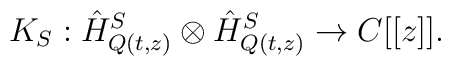
K_{S}:  \hat{H}_{Q(t,z)}^{S} \otimes \hat{H}_{Q(t,z)}^{S} \rightarrow  C[[z]].